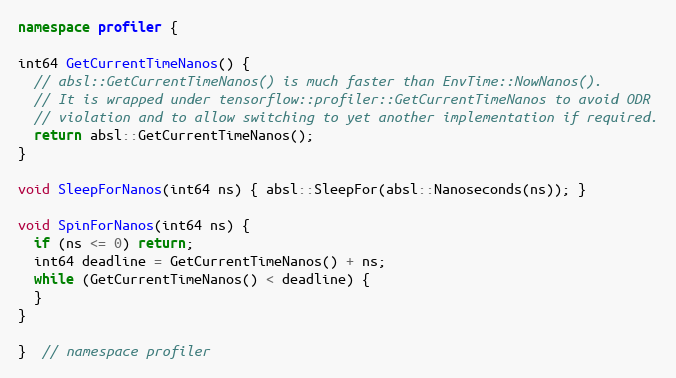
Language: C++
namespace profiler {

int64 GetCurrentTimeNanos() {
  // absl::GetCurrentTimeNanos() is much faster than EnvTime::NowNanos().
  // It is wrapped under tensorflow::profiler::GetCurrentTimeNanos to avoid ODR
  // violation and to allow switching to yet another implementation if required.
  return absl::GetCurrentTimeNanos();
}

void SleepForNanos(int64 ns) { absl::SleepFor(absl::Nanoseconds(ns)); }

void SpinForNanos(int64 ns) {
  if (ns <= 0) return;
  int64 deadline = GetCurrentTimeNanos() + ns;
  while (GetCurrentTimeNanos() < deadline) {
  }
}

}  // namespace profiler